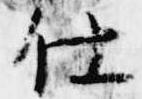
仕